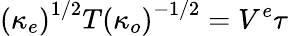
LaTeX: \left(\kappa_{e}\right)^{1/2}T\left(\kappa_{o}\right)^{-1/2}=V^{e}\tau